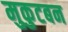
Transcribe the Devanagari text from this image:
मुकुटबन